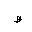
Letter: _za